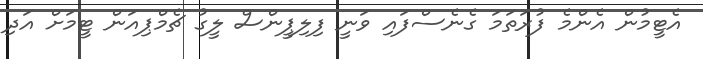
އެޓީމުން އެންމެ ފުރަތަމަ ގެނެސްފައި ވަނީ ފިލިޕީންސް ލީގު ޗެމްޕިއަން ޓީމަށް އަދި